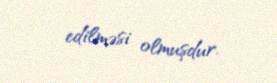
edilməsi olmuşdur.